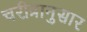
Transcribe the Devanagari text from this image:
चरीत्रानुसार